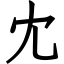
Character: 冘